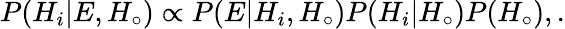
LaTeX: P(H_{i}|E,H_{\circ})\propto P(E|H_{i},H_{\circ})P(H_{i}|H_{\circ})P(H_{\circ}),.